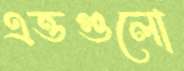
এত্তগুলো